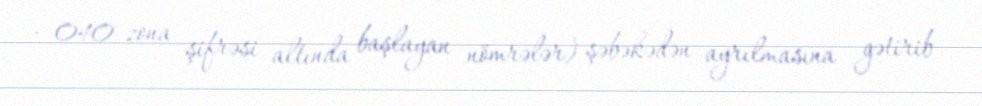
- 040 zona şifrəsi altında başlayan nömrələr) şəbəkədən ayrılmasına gətirib